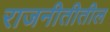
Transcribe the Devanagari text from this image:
राजनीतीतील